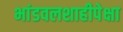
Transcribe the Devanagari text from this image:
भांडवलशाहीपेक्षा